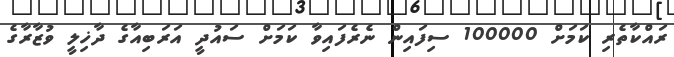
ރައްކާތެރި ކަމަށް 100000 ސިފައިން ނެރެފައިވާ ކަމަށް ސައުދީ އަރަބިއާގެ ދާޚިލީ ވުޒާރާގެ